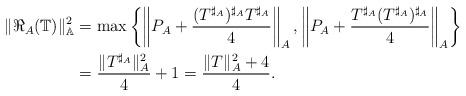
LaTeX: \begin{align*}\|\Re_A(\mathbb{T})\|_\mathbb{A}^2& =\max\left\{\left\|P_A+\frac{(T^{\sharp_A})^{\sharp_A}T^{\sharp_A}}{4}\right\|_A ,\left\|P_A+\frac{T^{\sharp_A}(T^{\sharp_A})^{\sharp_A}}{4}\right\|_A\right\} \\ &=\frac{\|T^{\sharp_A}\|_A^2}{4}+1=\frac{\|T\|_A^2+4}{4}.\end{align*}